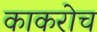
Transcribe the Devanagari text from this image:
काकरोच